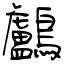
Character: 鸕